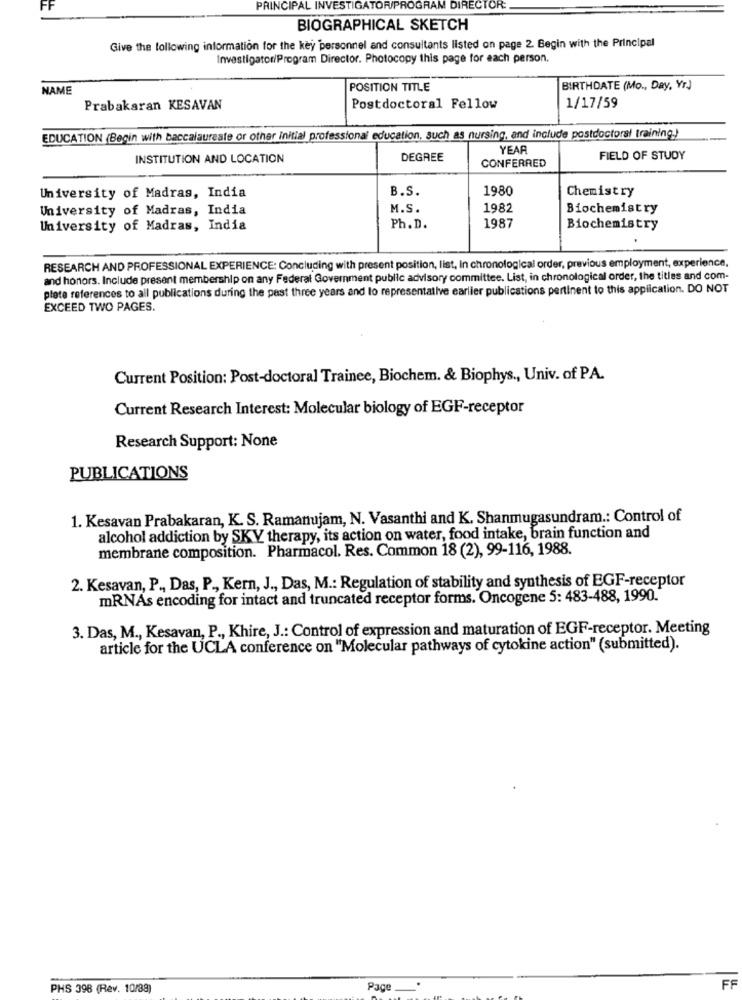
PRINCIPAL INVESTIGATOR/PROGRAM DIRECTOR:
BIOGRAPHICAL SKETCH
Give the following information for the key personnel and consultants listed on page 2. Begin with the Principal
Investigator/Program Director. Photocopy this page for each person.
NAME
POSITION TITLE
BIRTHDATE (Mo ., Day, Yr)
Prabakaran KESAVAN
Postdoctoral Fellow
1/17/59
EDUCATION (Begin with baccalaureate or other initial professional education, such as nursing, and include postdoctoral training.)
YEAR
INSTITUTION AND LOCATION
DEGREE
CONFERRED
FIELD OF STUDY
B.S.
1980
Chemistry
University of Madras, India
University of Madras, India
M.S.
1982
Biochemistry
University of Madras, India
Ph.D.
1987
Biochemistry
RESEARCH AND PROFESSIONAL EXPERIENCE: Concluding with present position, list, In chronological order, previous employment, experience,
and honors. Include present membership on any Federal Government public advisory committee. List, in chronological order, the titles and com-
plete references to all publications during the past three years and to representative earlier publications pertinent to this application. DO NOT
EXCEED TWO PAGES.
Current Position: Post-doctoral Trainee, Biochem. & Biophys ., Univ. of PA.
Current Research Interest: Molecular biology of EGF-receptor
Research Support: None
PUBLICATIONS
1. Kesavan Prabakaran, K. S. Ramanujam, N. Vasanthi and K. Shanmugasundram .: Control of
alcohol addiction by SKV therapy, its action on water, food intake, brain function and
membrane composition. Pharmacol. Res. Common 18 (2), 99-116, 1988.
2. Kesavan, P ., Das, P ., Kern, J ., Das, M .: Regulation of stability and synthesis of EGF-receptor
mRNAs encoding for intact and truncated receptor forms. Oncogene 5: 483-488, 1990."
3. Das, M ., Kesavan, P ., Khire, J .: Control of expression and maturation of EGF-receptor. Meeting
article for the UCLA conference on "Molecular pathways of cytokine action" (submitted).
PHS 398 (Rev. 10/88)
Page
FF